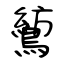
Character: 鶭